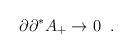
LaTeX: \begin{align*}\partial\partial^* A_+ \rightarrow 0 \;\;.\end{align*}